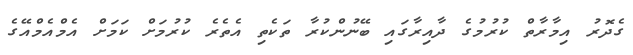
ގެދޮރު އިމާރާތް ކުރުމުގެ ދާއިރާގައި ބޭނުންކުރާ ތަކެތި އެތެރެ ކުރުމަށް ކަމަށް އެމްއެމްއޭގެ